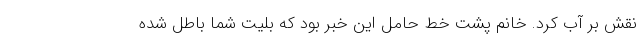
نقش بر آب کرد. خانمِ پشتِ خط حامل این خبر بود که بلیت شما باطل شده